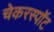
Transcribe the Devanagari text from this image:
चेकरस्पॉट